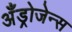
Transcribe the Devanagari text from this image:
अँड्रोजेन्स